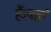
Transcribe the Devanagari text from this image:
हैं।यहां